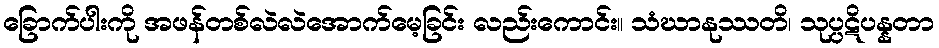
ခြောက်ပါးကို အဖန်တစ်လဲလဲအောက်မေ့ခြင်း လည်းကောင်း။ သံဃာနုဿတိ၊ သုပ္ပဋိပန္နတာ